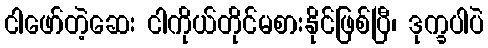
ငါဖော်တဲ့ဆေး ငါကိုယ်တိုင်မစားနိုင်ဖြစ်ပြီ၊ ဒုက္ခပါပဲ